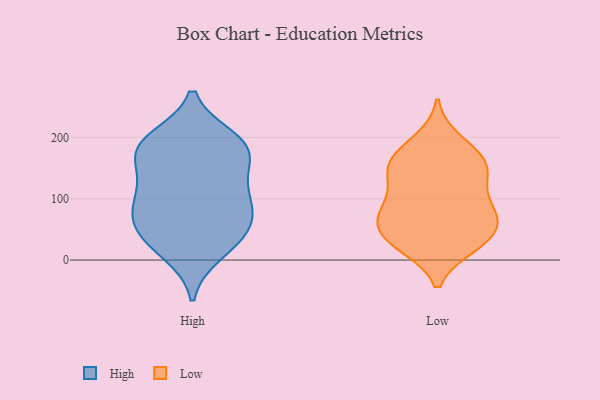
{"axis": {"x": "Revenue (USD Million)", "y": "Value"}, "legend": ["High", "Low"], "data": [{"x": "", "y": 106, "type": "High"}, {"x": "", "y": 173, "type": "High"}, {"x": "", "y": 166, "type": "High"}, {"x": "", "y": 80, "type": "High"}, {"x": "", "y": 186, "type": "High"}, {"x": "", "y": 50, "type": "High"}, {"x": "", "y": 116, "type": "High"}, {"x": "", "y": 41, "type": "High"}, {"x": "", "y": 197, "type": "High"}, {"x": "", "y": 78, "type": "High"}, {"x": "", "y": 66, "type": "High"}, {"x": "", "y": 25, "type": "High"}, {"x": "", "y": 181, "type": "High"}, {"x": "", "y": 192, "type": "High"}, {"x": "", "y": 122, "type": "High"}, {"x": "", "y": 12, "type": "High"}, {"x": "", "y": 151, "type": "Low"}, {"x": "", "y": 86, "type": "Low"}, {"x": "", "y": 143, "type": "Low"}, {"x": "", "y": 75, "type": "Low"}, {"x": "", "y": 98, "type": "Low"}, {"x": "", "y": 55, "type": "Low"}, {"x": "", "y": 23, "type": "Low"}, {"x": "", "y": 171, "type": "Low"}, {"x": "", "y": 38, "type": "Low"}, {"x": "", "y": 74, "type": "Low"}, {"x": "", "y": 48, "type": "Low"}, {"x": "", "y": 141, "type": "Low"}, {"x": "", "y": 182, "type": "Low"}, {"x": "", "y": 59, "type": "Low"}, {"x": "", "y": 196, "type": "Low"}, {"x": "", "y": 93, "type": "Low"}, {"x": "", "y": 22, "type": "Low"}, {"x": "", "y": 153, "type": "Low"}, {"x": "", "y": 23, "type": "Low"}, {"x": "", "y": 142, "type": "Low"}]}